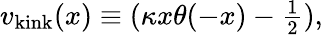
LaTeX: v_{\mathrm{kink}}(x)\equiv(\kappa x\theta(-x)-{\textstyle{\frac{1}{2}}}),